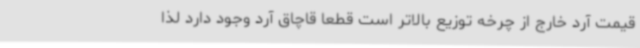
قیمت آرد خارج از چرخه توزیع بالاتر است قطعاً قاچاق آرد وجود دارد لذا